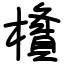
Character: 㯯